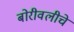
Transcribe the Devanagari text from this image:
बोरीवलीचे